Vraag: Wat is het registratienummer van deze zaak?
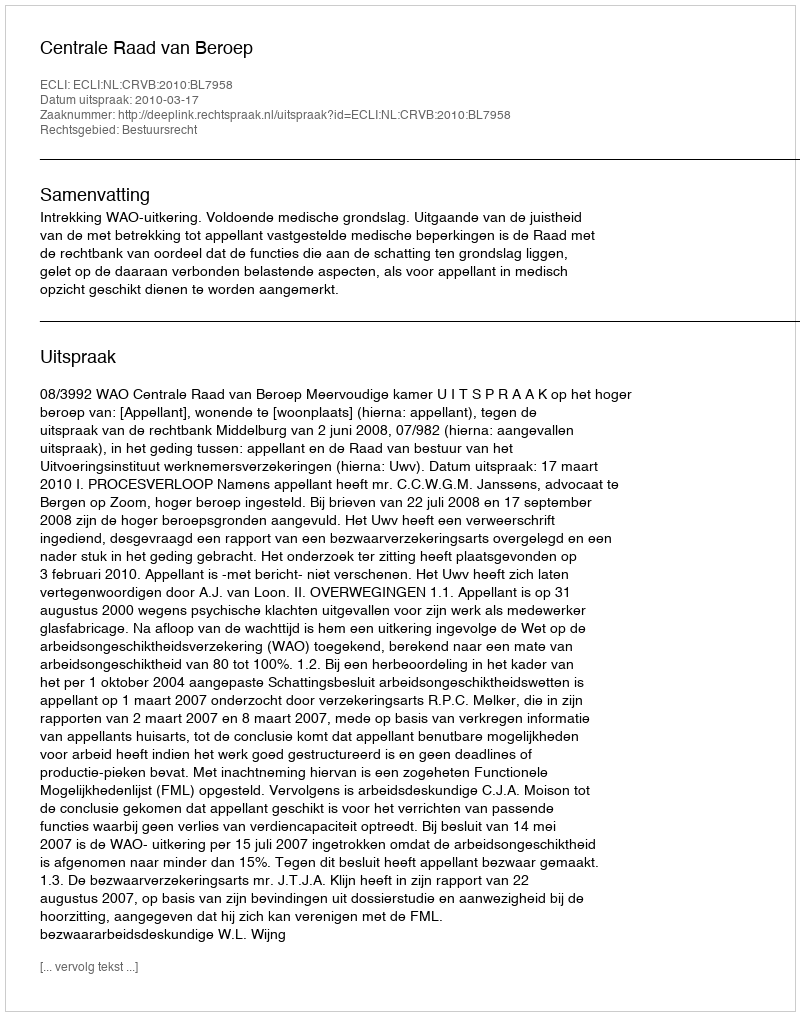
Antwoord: http://deeplink.rechtspraak.nl/uitspraak?id=ECLI:NL:CRVB:2010:BL7958